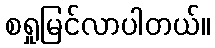
စရှုမြင်လာပါတယ်။